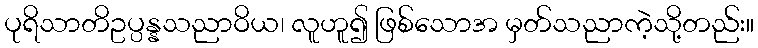
ပုရိသာတိဥပ္ပန္နသညာဝိယ၊ လူဟူ၍ ဖြစ်သောအ မှတ်သညာကဲ့သို့တည်း။